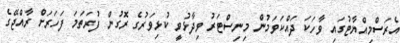
އެރަސްމިއްޔާޓުގައި ވާހަކަ ދައްކަވަމުން މިނިސްޓަރު ވިދާޅުވީ ކުޅިވަރުގެ ރޮގުން ފުރަތަމަ ފަހަރަށް ރާއްޖޭގެ